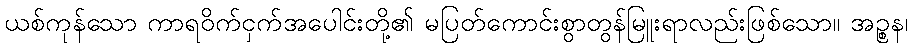
ယစ်ကုန်သော ကာရဝိက်ငှက်အပေါင်းတို့၏ မပြတ်ကောင်းစွာတွန်မြူးရာလည်းဖြစ်သော။ အဉ္စန၊